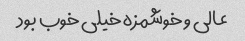
عالی و خوشمزه خیلی خوب بود